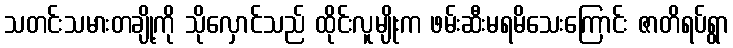
သတင်းသမားတချို့ကို သိုလှောင်သည် ထိုင်းလူမျိုးက ဖမ်းဆီးမရမိသေးကြောင်း ဇာတိရပ်ရွာ